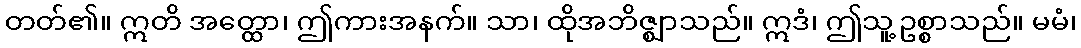
တတ်၏။ ဣတိ အတ္ထော၊ ဤကားအနက်။ သာ၊ ထိုအဘိဇ္ဈာသည်။ ဣဒံ၊ ဤသူ့ဥစ္စာသည်။ မမံ၊